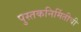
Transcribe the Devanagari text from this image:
पुस्तकनिर्मितीची